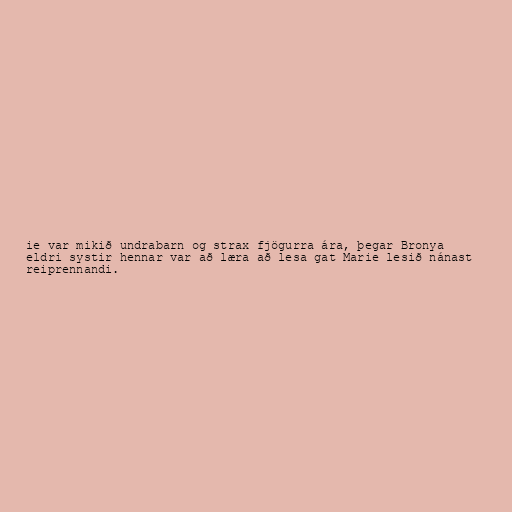
ie var mikið undrabarn og strax fjögurra ára, þegar Bronya
eldri systir hennar var að læra að lesa gat Marie lesið nánast
reiprennandi.